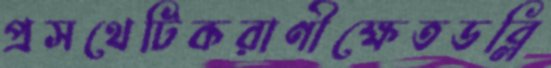
প্রসথেটিকরাণীক্ষেতডব্লি